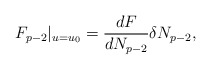
\begin{align*}F_{p-2}|_{u=u_0}=\frac{dF}{dN_{p-2}}\delta N_{p-2},\end{align*}